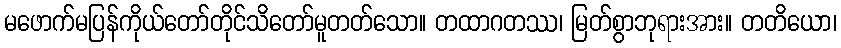
မဖောက်မပြန်ကိုယ်တော်တိုင်သိတော်မူတတ်သော။ တထာဂတဿ၊ မြတ်စွာဘုရားအား။ တတိယော၊